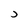
Character: J